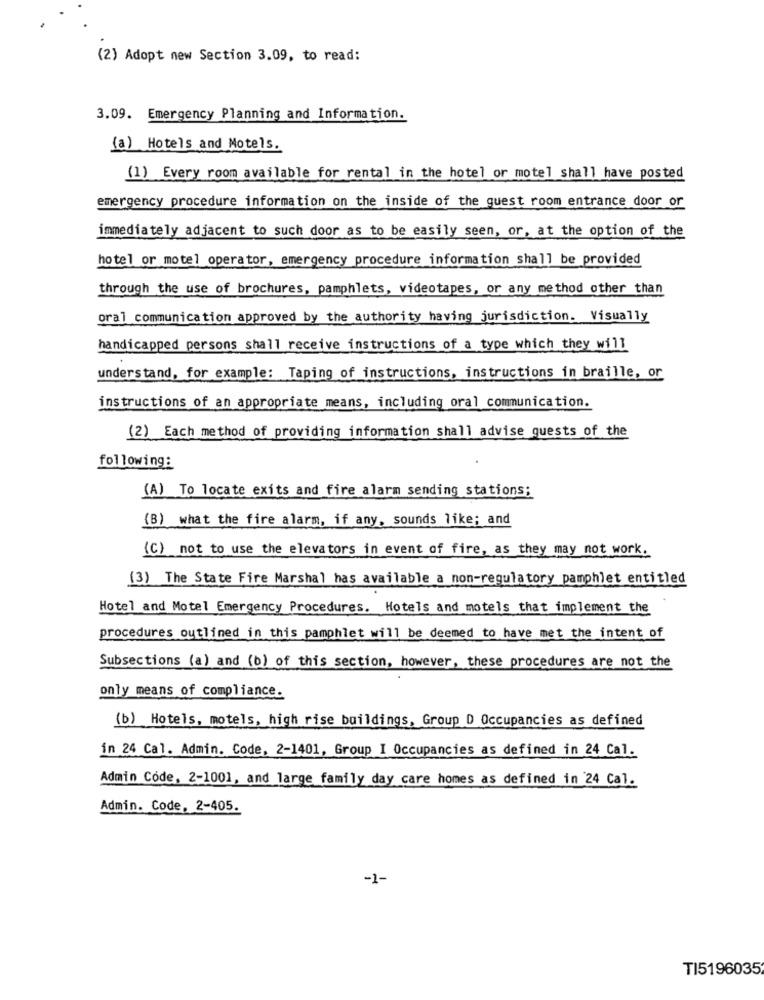
(2) Adopt new Section 3.09, to read:
3.09. Emergency Planning and Information.
(a) Hotels and Motels.
(1) Every room available for rental in the hotel or motel shall have posted
emergency procedure information on the inside of the guest room entrance door or
immediately adjacent to such door as to be easily seen, or, at the option of the
hotel or motel operator, emergency procedure information shall be provided
through the use of brochures, pamphlets, videotapes, or any method other than
oral communication approved by the authority having jurisdiction. Visually
handicapped persons shall receive instructions of a type which they will
understand, for example: Taping of instructions, instructions in braille, or
instructions of an appropriate means, including oral communication.
(2) Each method of providing information shall advise guests of the
following:
(A) To locate exits and fire alarm sending stations;
(B) what the fire alarm, if any, sounds like; and
(C) not to use the elevators in event of fire, as they may not work.
(3) The State Fire Marshal has available a non-regulatory pamphlet entitled
Hotel and Motel Emergency Procedures. Hotels and motels that implement the
procedures outlined in this pamphlet will be deemed to have met the intent of
Subsections (a) and (b) of this section, however, these procedures are not the
only means of compliance.
(b) Hotels, motels, high rise buildings, Group D Occupancies as defined
in 24 Cal. Admin. Code, 2-1401, Group I Occupancies as defined in 24 Cal.
Admin Code, 2-1001, and large family day care homes as defined in '24 Cal.
Admin. Code, 2-405.
-1-
TI5196035